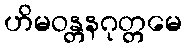
ဟိမဝန္တနဂုတ္တမေ